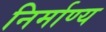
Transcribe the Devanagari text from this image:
निर्माण्य